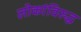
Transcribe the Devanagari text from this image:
लोकांविरुद्ध